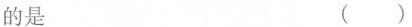
的是 ( )